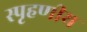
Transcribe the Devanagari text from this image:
स्‍पृहणीय